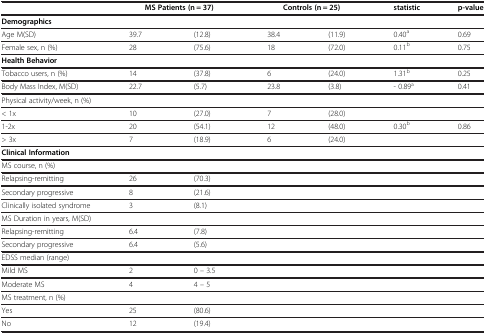
|  | <COLSPAN=2> MS Patients (n = 37) | <COLSPAN=2> Controls (n = 25) | statistic | p-value |
 | --- | --- | --- | --- | --- | --- | --- |
 | Demographics |  |  |  |  |  |  |
 | Age M(SD) | 39.7 | (12.8) | 38.4 | (11.9) | 0.40a | 0.69 |
 | Female sex, n (%) | 28 | (75.6) | 18 | (72.0) | 0.11b | 0.75 |
 | Health Behavior |  |  |  |  |  |  |
 | Tobacco users, n (%) | 14 | (37.8) | 6 | (24.0) | 1.31b | 0.25 |
 | Body Mass Index, M(SD) | 22.7 | (5.7) | 23.8 | (3.8) | - 0.89a | 0.41 |
 | Physical activity/week, n (%) |  |  |  |  |  |  |
 | < 1x | 10 | (27.0) | 7 | (28.0) |  |  |
 | 1-2x | 20 | (54.1) | 12 | (48.0) | 0.30b | 0.86 |
 | > 3x | 7 | (18.9) | 6 | (24.0) |  |  |
 | Clinical Information |  |  |  |  |  |  |
 | MS course, n (%) |  |  |  |  |  |  |
 | Relapsing-remitting | 26 | (70.3) |  |  |  |  |
 | Secondary progressive | 8 | (21.6) |  |  |  |  |
 | Clinically isolated syndrome | 3 | (8.1) |  |  |  |  |
 | MS Duration in years, M(SD) |  |  |  |  |  |  |
 | Relapsing-remitting | 6.4 | (7.8) |  |  |  |  |
 | Secondary progressive | 6.4 | (5.6) |  |  |  |  |
 | EDSS median (range) |  |  |  |  |  |  |
 | Mild MS | 2 | 0 – 3.5 |  |  |  |  |
 | Moderate MS | 4 | 4 – 5 |  |  |  |  |
 | MS treatment, n (%) |  |  |  |  |  |  |
 | Yes | 25 | (80.6) |  |  |  |  |
 | No | 12 | (19.4) |  |  |  |  |